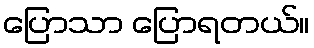
ပြောသာ ပြောရတယ်။